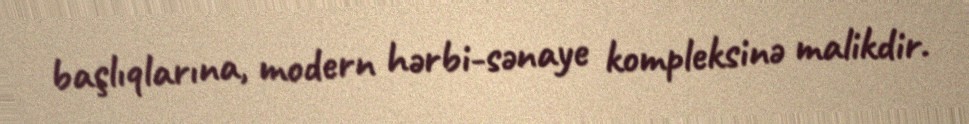
başlıqlarına, modern hərbi-sənaye kompleksinə malikdir.